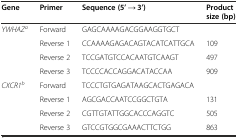
<table><thead><tr><td><b>Gene</b></td><td><b>Primer</b></td><td><b>Sequence (5’ → 3’)</b></td><td><b>Product size (bp)</b></td></tr></thead><tbody><tr><td><i>YWHAZ</i><sup><i>a</i></sup></td><td>Forward</td><td>GAGCAAAAGACGGAAGGTGCT</td><td></td></tr><tr><td></td><td>Reverse 1</td><td>CCAAAAGAGACAGTACATCATTGCA</td><td>109</td></tr><tr><td></td><td>Reverse 2</td><td>TCCGATGTCCACAATGTCAAGT</td><td>497</td></tr><tr><td></td><td>Reverse 3</td><td>TCCCCACCAGGACATACCAA</td><td>909</td></tr><tr><td><i>CXCR1</i><sup><i>b</i></sup></td><td>Forward</td><td>TCCCTGTGAGATAAGCACTGAGACA</td><td></td></tr><tr><td></td><td>Reverse 1</td><td>AGCGACCAATCCGGCTGTA</td><td>131</td></tr><tr><td></td><td>Reverse 2</td><td>CGTTGTATTGGCACCCAGGTC</td><td>505</td></tr><tr><td></td><td>Reverse 3</td><td>GTCCGTGGCGAAACTTCTGG</td><td>863</td></tr></tbody></table>